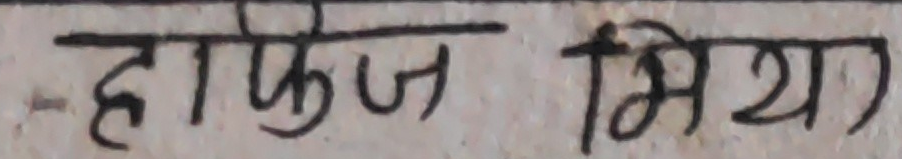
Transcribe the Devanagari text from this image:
हाफेज मिया